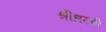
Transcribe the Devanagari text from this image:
श्रीधरची